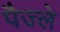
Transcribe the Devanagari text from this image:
पैज्ले